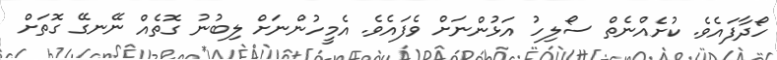
ހޯދާފައެވެ. ކުށެއްނެތް ސޯލިހު އަޅުންނަށް ވެފައެވެ. އެމީހުންނަށް ލިބުނު ގޮތެއް ނޭނގޭ ގޮތަށް